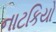
નાટકિયો